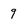
Character: 9